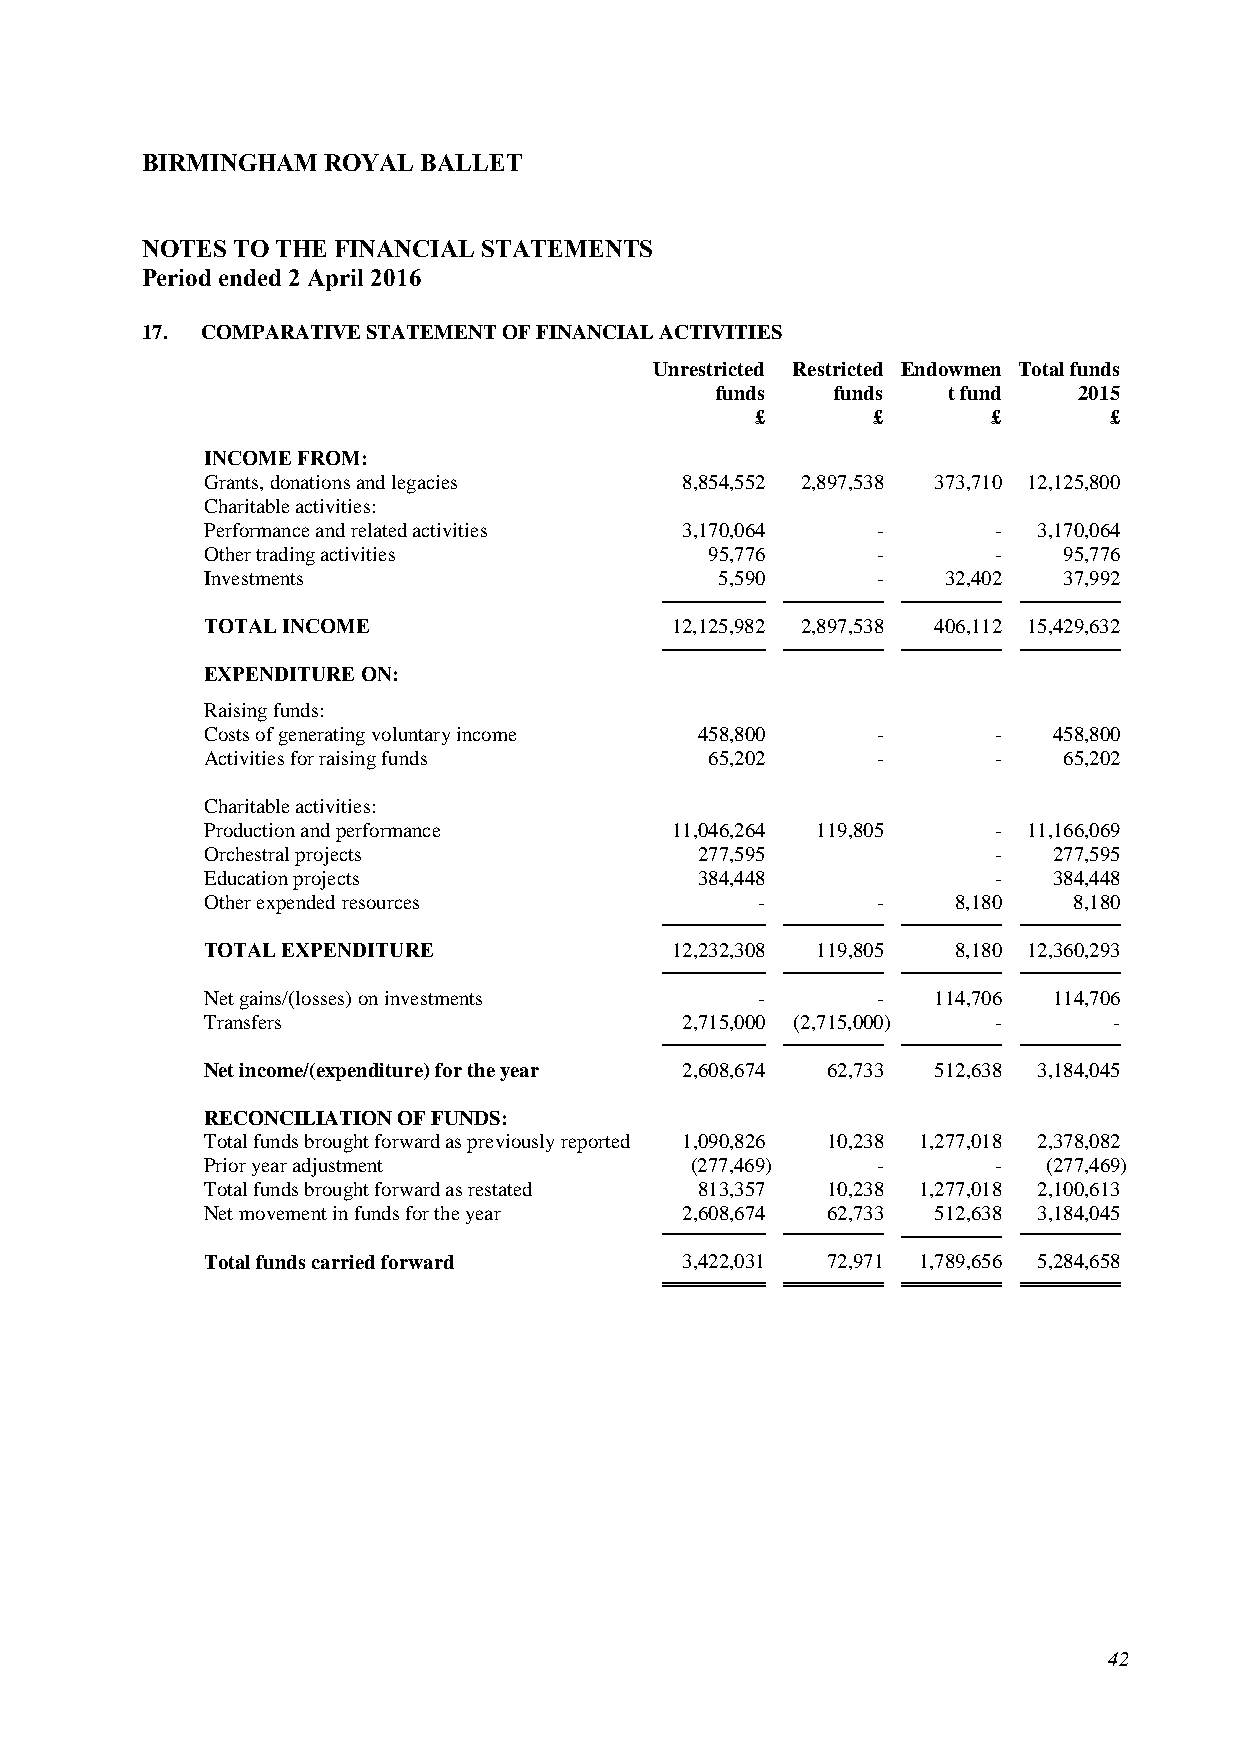
BIRMINGHAM  ROYAL  BALLET
 NOTES TO THE FINANCIAL STATEMENTS
 Period ended 2 April 2016
 17. COMPARATIVE STATEMENT OF FINANCIAL ACTIVITIES
 Unrestricted Restricted Endowmen Total funds
 funds   funds   t fund  2015
 £       £       £      £
 INCOME FROM:
 Grants, donations and legacies  8,854,552 2,897,538 373,710 12,125,800
 Charitable activities:
 Performance and related activities 3,170,064 -       -  3,170,064
 Other trading activities          95,776     -       -   95,776
 Investments                        5,590     -    32,402 37,992
 TOTAL INCOME                   12,125,982 2,897,538 406,112 15,429,632
 EXPENDITURE ON:
 Raising funds:
 Costs of generating voluntary income 458,800 -       -   458,800
 Activities for raising funds      65,202     -       -   65,202
 Charitable activities:
 Production and performance     11,046,264 119,805    - 11,166,069
 Orchestral projects              277,595             -   277,595
 Education projects               384,448             -   384,448
 Other expended resources             -       -    8,180   8,180
 TOTAL EXPENDITURE              12,232,308 119,805 8,180 12,360,293
 Net gains/(losses) on investments    -       -   114,706 114,706
 Transfers                       2,715,000 (2,715,000) -      -
 Net income/(expenditure) for the year 2,608,674 62,733 512,638 3,184,045
 RECONCILIATION OF FUNDS:
 Total funds brought forward as previously reported 1,090,826 10,238 1,277,018 2,378,082
 Prior year adjustment            (277,469)   -       -  (277,469)
 Total funds brought forward as restated 813,357 10,238 1,277,018 2,100,613
 Net movement in funds for the year 2,608,674 62,733 512,638 3,184,045
 Total funds carried forward     3,422,031 72,971 1,789,656 5,284,658
 42